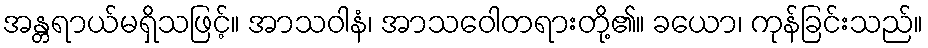
အန္တရာယ်မရှိသဖြင့်။ အာသဝါနံ၊ အာသဝေါတရားတို့၏။ ခယော၊ ကုန်ခြင်းသည်။